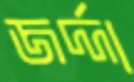
জর্দ্দা